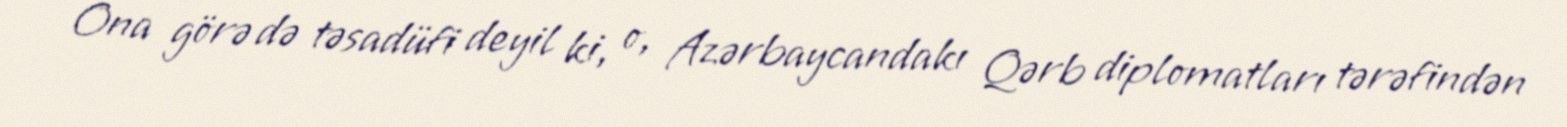
Ona görə də təsadüfi deyil ki, o, Azərbaycandakı Qərb diplomatları tərəfindən